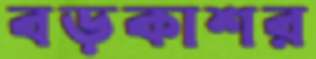
বড়কাশর